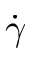
\dot { \gamma }